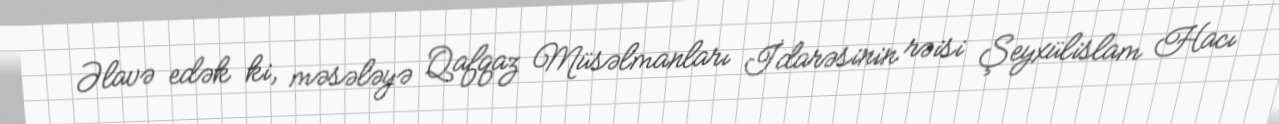
Əlavə edək ki, məsələyə Qafqaz Müsəlmanları İdarəsinin rəisi Şeyxülislam Hacı